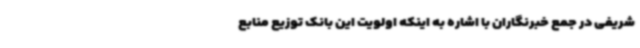
شریفی در جمع خبرنگاران با اشاره به اینکه اولویت این بانک توزیع منابع